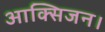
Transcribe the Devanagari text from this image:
आक्सिजन।